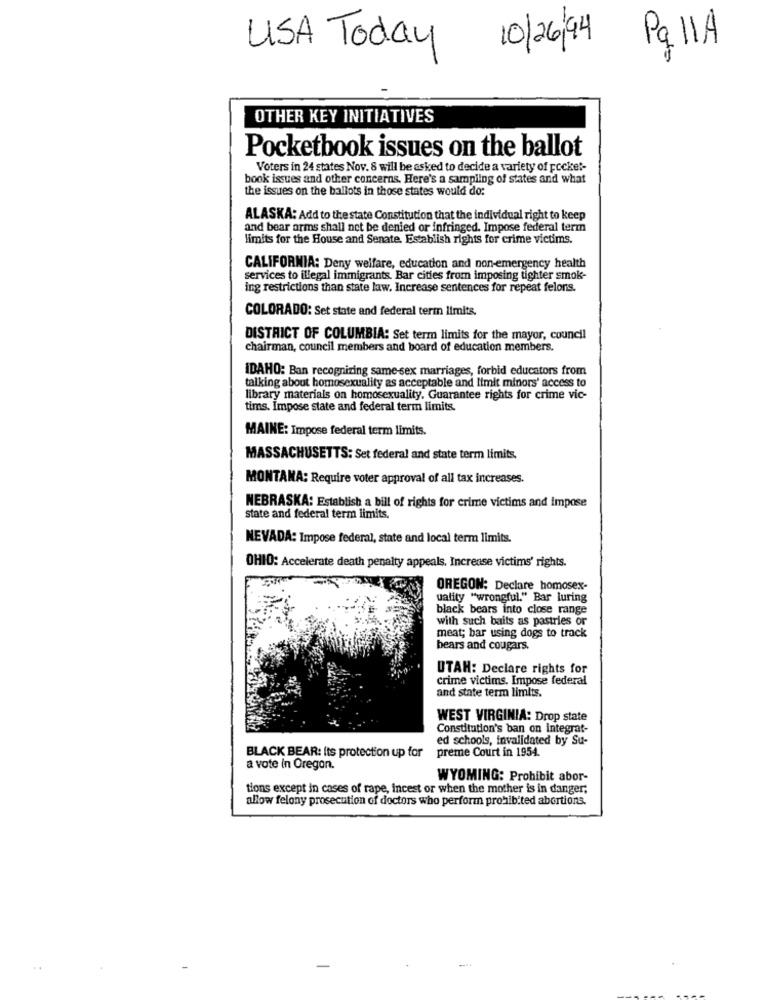
10/26/94
PallA
USA Today
OTHER KEY INITIATIVES
Pocketbook issues on the ballot
Voters in 24 states Nov. 8 will be asked to decide a variety of pocket-
book issues and other concerns. Here's a sampling of states and what
the issues on the ballots in those states would do:
ALASKA: Add to the state Constitution that the individual right to keep
and bear arms shall not be denied or infringed. Impose federal term
limits for the House and Senate. Establish rights for crime victims.
CALIFORNIA: Deny welfare, education and non-emergency health
services to illegal immigrants. Bar cities from imposing tighter smoks-
ing restrictions than state law. Increase sentences for repeat felons.
COLORADO: Set state and federal term limits.
DISTRICT OF COLUMBIA: Set term limits for the mayor, council
chairman, council members and board of education members.
IDAHO: Ban recognizing same-sex marriages, forbid educators from
talking about homosexuality as acceptable and Itmit minors' access to
library materials on homosexuality. Guarantee rights for crime vic-
tims. Impose state and federal term limits.
MAINE: Impose federal term limits.
MASSACHUSETTS: Set federal and state term limits.
MONTANA: Require voter approval of all tax increases.
NEBRASKA: Establish a bill of rights for crime victims and impose
state and federal term limits.
NEVADA: Impose federal, state and local term limits.
OHIO: Accelerate death penalty appeals. Increase victims' rights.
OREGON: Declare homosex-
uality "wrongful." Bar luring
black bears into close range
with such baits as pastries or
meat; bar using dogs to track
bears and cougars.
UTAH: Declare rights for
crime victims. Impose federal
and state term limits.
WEST VIRGINIA: Drop state
Constitution's ban on integrat-
ed schools, invalidated by Su-
preme Court in 1954.
BLACK BEAR: Its protection up for
a vote in Oregon.
WYOMING: Prohibit abor-
tions except in cases of rape, incest or when the mother is in danger;
allow felony prosecution of doctors who perform prohibited abortions.